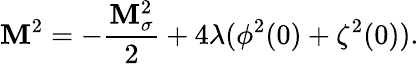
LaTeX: \mathbf{M}^{2}=-\frac{{\mathbf{M}_{\sigma}^{2}}}{{2}}+4\lambda(\phi^{2}(0)+\zeta^{2}(0)).